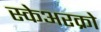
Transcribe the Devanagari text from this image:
स्केअरक्रो